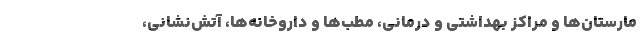
مارستان‌ها و مراکز بهداشتی و درمانی، مطب‌ها و داروخانه‌ها، آتش‌نشانی،